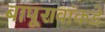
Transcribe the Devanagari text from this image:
बापूरावांकडे